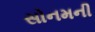
સોનમની